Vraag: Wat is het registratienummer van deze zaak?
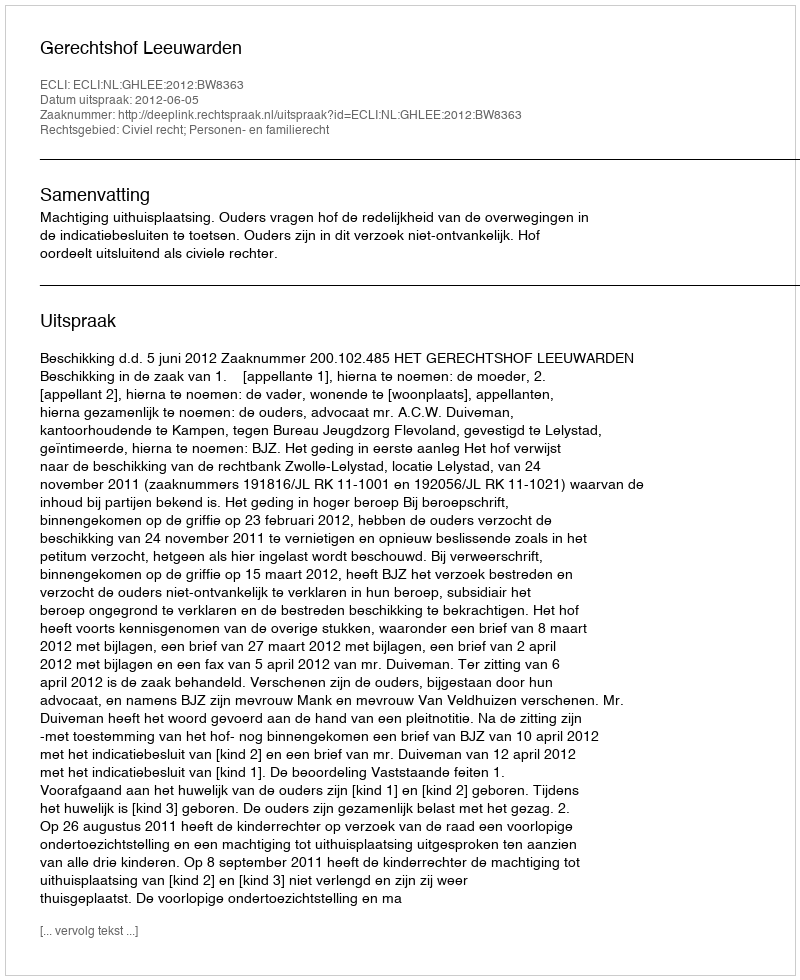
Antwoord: http://deeplink.rechtspraak.nl/uitspraak?id=ECLI:NL:GHLEE:2012:BW8363